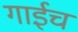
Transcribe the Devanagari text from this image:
गाईच